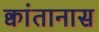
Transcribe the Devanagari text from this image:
क्वांतानास